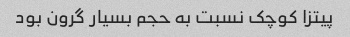
پیتزا کوچک نسبت به حجم بسیار گرون بود